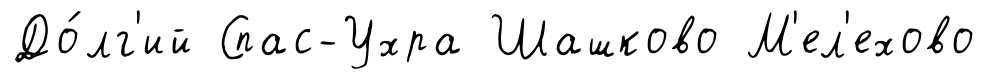
До́лг'ий Спас-Ухра Шашково М'ел'ехово